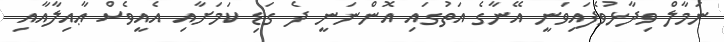
ނަމާލް ވިދާޅުވެފައިވަނީ އޭނާގެ އަތުގައި އޮންނަނީ ދެ ގަޑި ކަމަށާއި އެއީވެސް ޢާއިލާއާއި